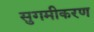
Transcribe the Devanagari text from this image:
सुगमीकरण